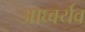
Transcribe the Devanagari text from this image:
आघ्वर्यव